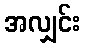
အလျှင်း